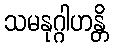
သမနုဂ္ဂါဟန္တိ